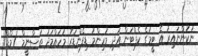
ނުކުންނައިރު އެ ޓީމުގެ ކެޕްޓަން އަދި މުހިންމު ޑިފެންޑަރު މުހައްމަދު ތަސްނީމް (މޯޑް)